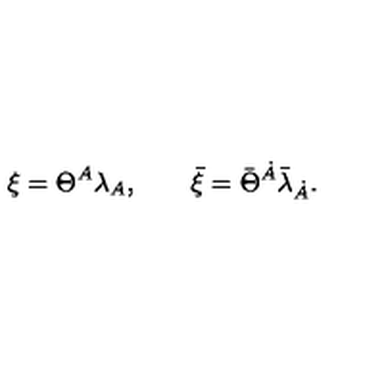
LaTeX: \xi = \Theta ^ { A } { \lambda } _ { A } , \qquad \bar { \xi } = \bar { \Theta } ^ { \dot { A } } \bar { \lambda } _ { \dot { A } } .